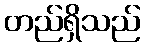
တည်ရှိသည်